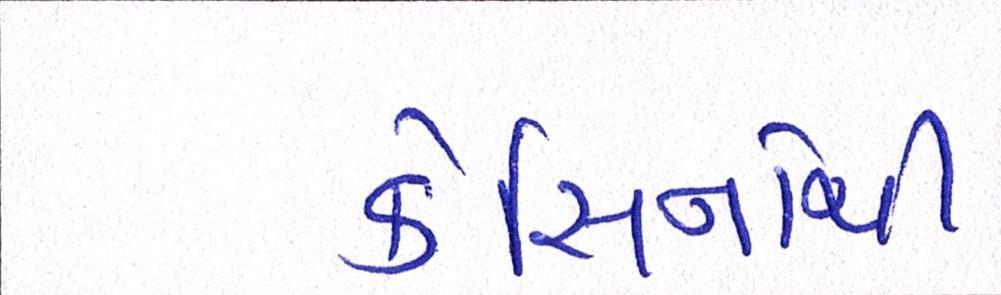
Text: કેસિનોથી